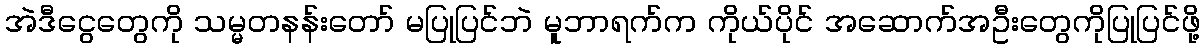
အဲဒီငွေတွေကို သမ္မတနန်းတော် မပြုပြင်ဘဲ မူဘာရက်က ကိုယ်ပိုင် အဆောက်အဦးတွေကိုပြုပြင်ဖို့